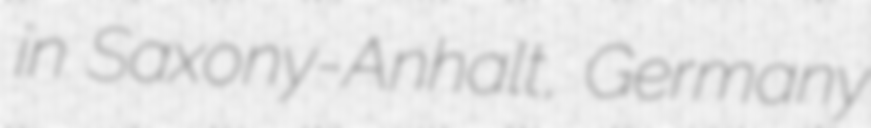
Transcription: in Saxony-Anhalt, Germany